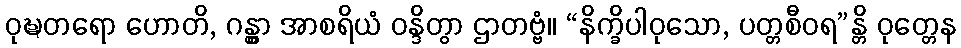
ဝုဍ္ဎတရော ဟောတိ, ဂန္တွာ အာစရိယံ ဝန္ဒိတွာ ဌာတဗ္ဗံ။ “နိက္ခိပါဝုသော, ပတ္တစီဝရ”န္တိ ဝုတ္တေန